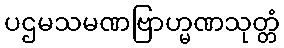
ပဌမသမဏဗြာဟ္မဏသုတ္တံ